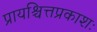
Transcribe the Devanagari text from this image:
प्रायश्चित्तप्रकाशः